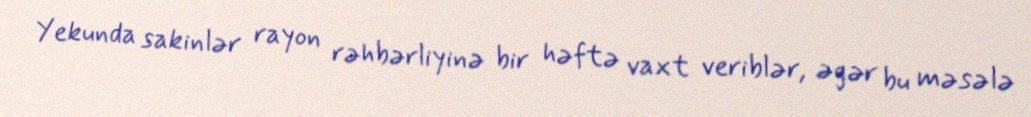
Yekunda sakinlər rayon rəhbərliyinə bir həftə vaxt veriblər, əgər bu məsələ